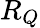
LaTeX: R_{Q}